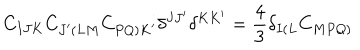
LaTeX: C _ { I J K } C _ { J ^ { \prime } \left( L M \right. } C _ { \left. P Q \right) K ^ { \prime } } \delta ^ { J J ^ { \prime } } \delta ^ { K K ^ { \prime } } = \frac { 4 } { 3 } \delta _ { I \left( L \right. } C _ { \left. M P Q \right) }